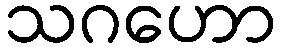
သဂဟော